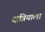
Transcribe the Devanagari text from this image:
क्षत्रियाला